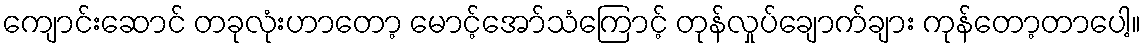
ကျောင်းဆောင် တခုလုံးဟာတော့ မောင့်အော်သံကြောင့် တုန်လှုပ်ချောက်ချား ကုန်တော့တာပေါ့။